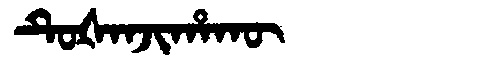
Manchu: ᡨᡠᡧᠠᠨᠵᡳᡥᠠᡴᡡ
Romanization: TUŠANJIHAKŪ